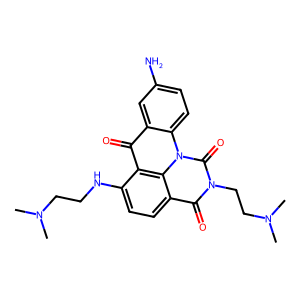
SMILES: CN(C)CCNc1ccc2c(=O)n(CCN(C)C)c(=O)n3c4ccc(N)cc4c(=O)c1c23
Inhibits HIV replication: No